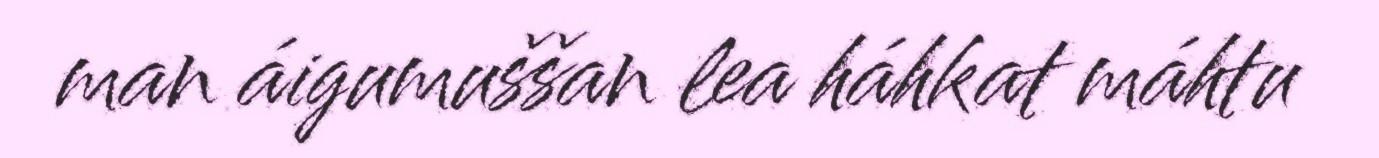
man áigumuššan lea háhkat máhtu